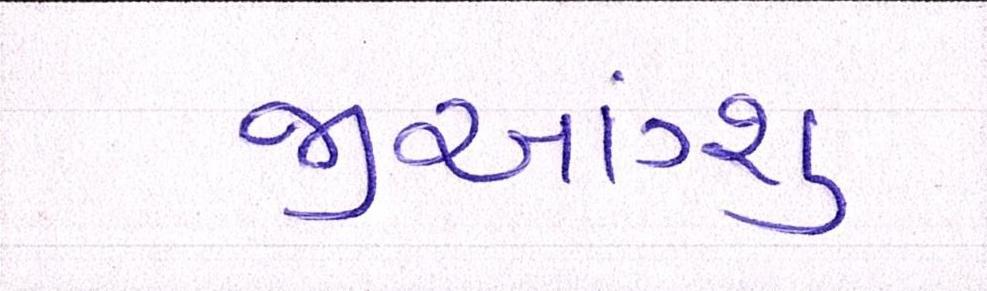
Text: જીઆંગ્શુ